Civil Veterinary Dept. Bombay admin report 1923-31 - 1923-1931
Year: 1923
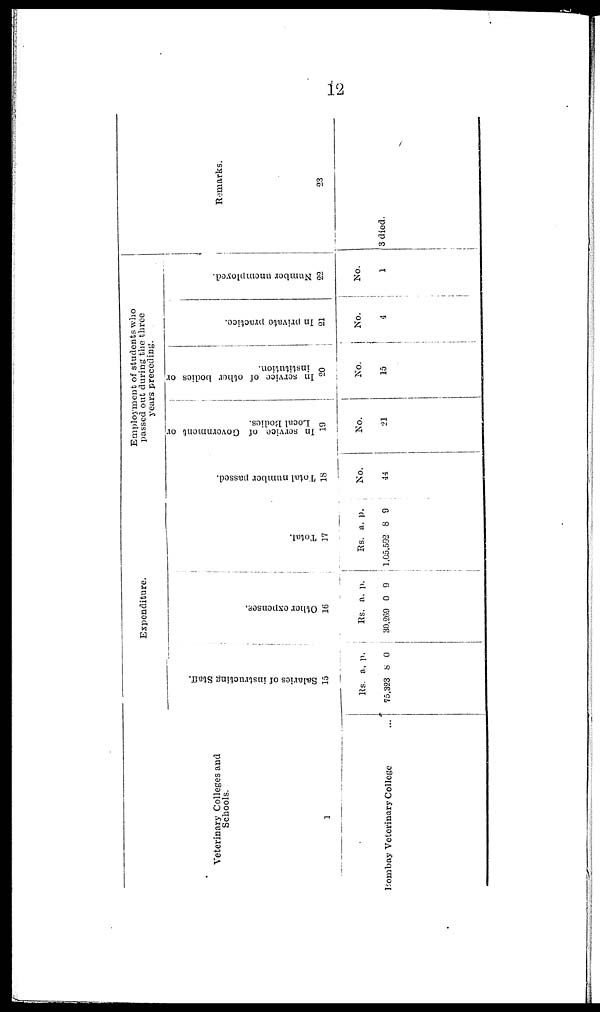
12
Veterinary Colleges and
Schools.
1
Bombay Veterinary College ...
Expenditure.
Sal ar i
es of i
ns t
r uct i
ng St af f .
15
Rs.
75,323
a.
8
p.
0
Ot her expenses.
16
Rs.
30,269
a.
0
p.
9
Tot al .
17
Rs.
1,05,592
a.
8
p.
9
Employment of students who
passed out during the three
years preceding.
Total number passed.
18
No.
44
In service of Government or
Local Bodies.
19
No.
21
In service of other bodies or
institution.
20
No.
15
In private practice.
21
No.
4
Number unemployed.
22
No.
1
Remarks.
23
3 died.